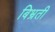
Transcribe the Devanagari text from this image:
बिभ्रती